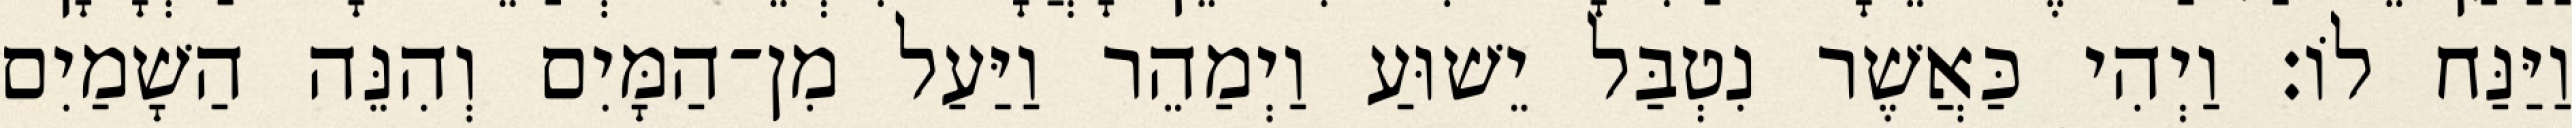
וַיַּנַּח לוֹ׃ וַיְהִי כַּאֲשֶׁר נִטְבַּל יֵשׁוּעַ וַיְמַהֵר וַיַּעַל מִן־הַמָּיִם וְהִנֵּה הַשָׁמַיִם